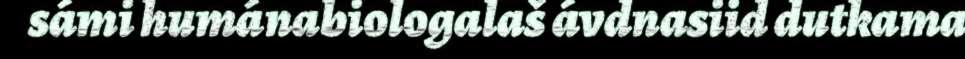
sámi humánabiologalaš ávdnasiid dutkama